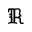
\mathfrak { R }